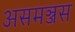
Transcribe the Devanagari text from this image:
असमञ्जस